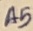
Text: A5